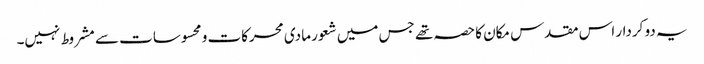
یہ دو کردار اس مقدس مکان کا حصہ تھے جس میں شعور مادی محرکات و محسوسات سے مشروط نہیں۔